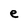
Character: e